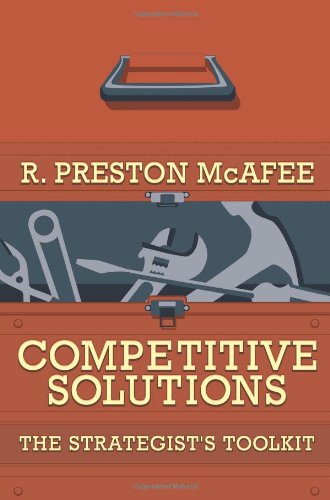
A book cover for Competitive Solutions: The Strategist's Toolkit; R. Preston McAfee; Business & Money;